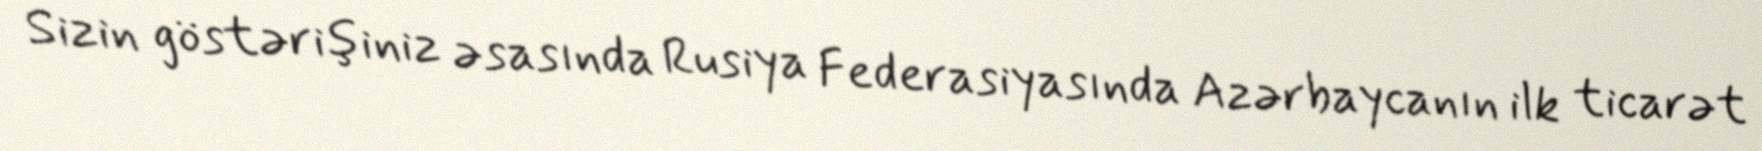
Sizin göstərişiniz əsasında Rusiya Federasiyasında Azərbaycanın ilk ticarət